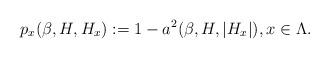
LaTeX: \begin{align*}p_x(\beta,H,H_x):=1-a^2(\beta,H,|H_x|), x\in\Lambda.\end{align*}